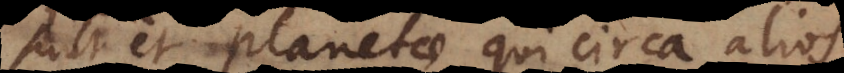
Sunt et planetae qui circa alios